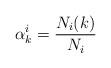
LaTeX: \begin{align*} \alpha_k^i= \frac{N_i(k)}{N_i} \end{align*}